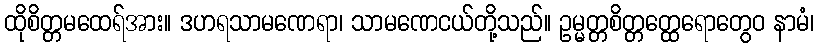
ထိုစိတ္တမထေရ်အား။ ဒဟရသာမဏေရာ၊ သာမဏေငယ်တို့သည်။ ဥမ္မတ္တစိတ္တတ္ထေရောတွေဝ နာမံ၊